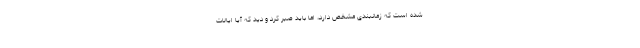
شده است که زمانبندی مشخص دارد، اما باید صبر کرد و دید که آیا ایالات